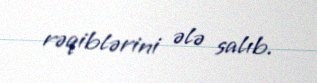
rəqiblərini ələ salıb.